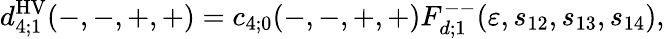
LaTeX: d_{4;1}^{\mathrm{HV}}(-,-,+,+)=c_{4;0}(-,-,+,+)F_{d;1}^{--}(\varepsilon,s_{12},s_{13},s_{14}),